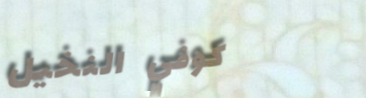
كوفي النخيل